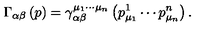
\Gamma _ { \alpha \beta } \left( p \right) = \gamma _ { \alpha \beta } ^ { \mu _ { 1 } \cdots \mu _ { n } } \left( p _ { \mu _ { 1 } } ^ { 1 } \cdots p _ { \mu _ { n } } ^ { n } \right) .